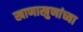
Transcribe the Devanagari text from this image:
खाणाखुणांच्या